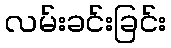
လမ်းခင်းခြင်း